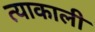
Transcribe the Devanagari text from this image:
त्याकाली